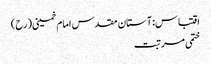
اقتباس: آستان مقدس امام خمینی(رح)
ختمی مرتبت